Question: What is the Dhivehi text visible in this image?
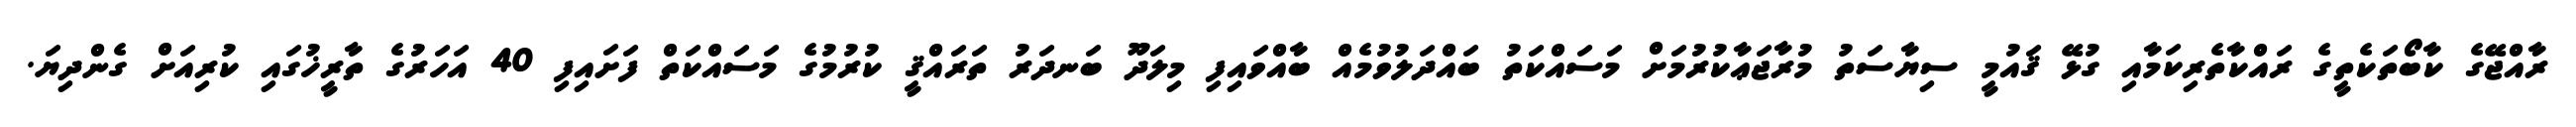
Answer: ރާއްޖޭގެ ކާބޯތަކެތީގެ ރައްކާތެރިކަމާއި ގުޅޭ ޤައުމީ ސިޔާސަތު މުރާޖަޢާކުރުމަށް މަސައްކަތު ބައްދަލުވުމެއް ބާއްވައިފި މިލަދޫ ބަނދަރު ތަރައްޤީ ކުރުމުގެ މަސައްކަތް ފަށައިފި 40 އަހަރުގެ ތާރީޚުގައި ކުރިއަށް ގެންދިޔަ.